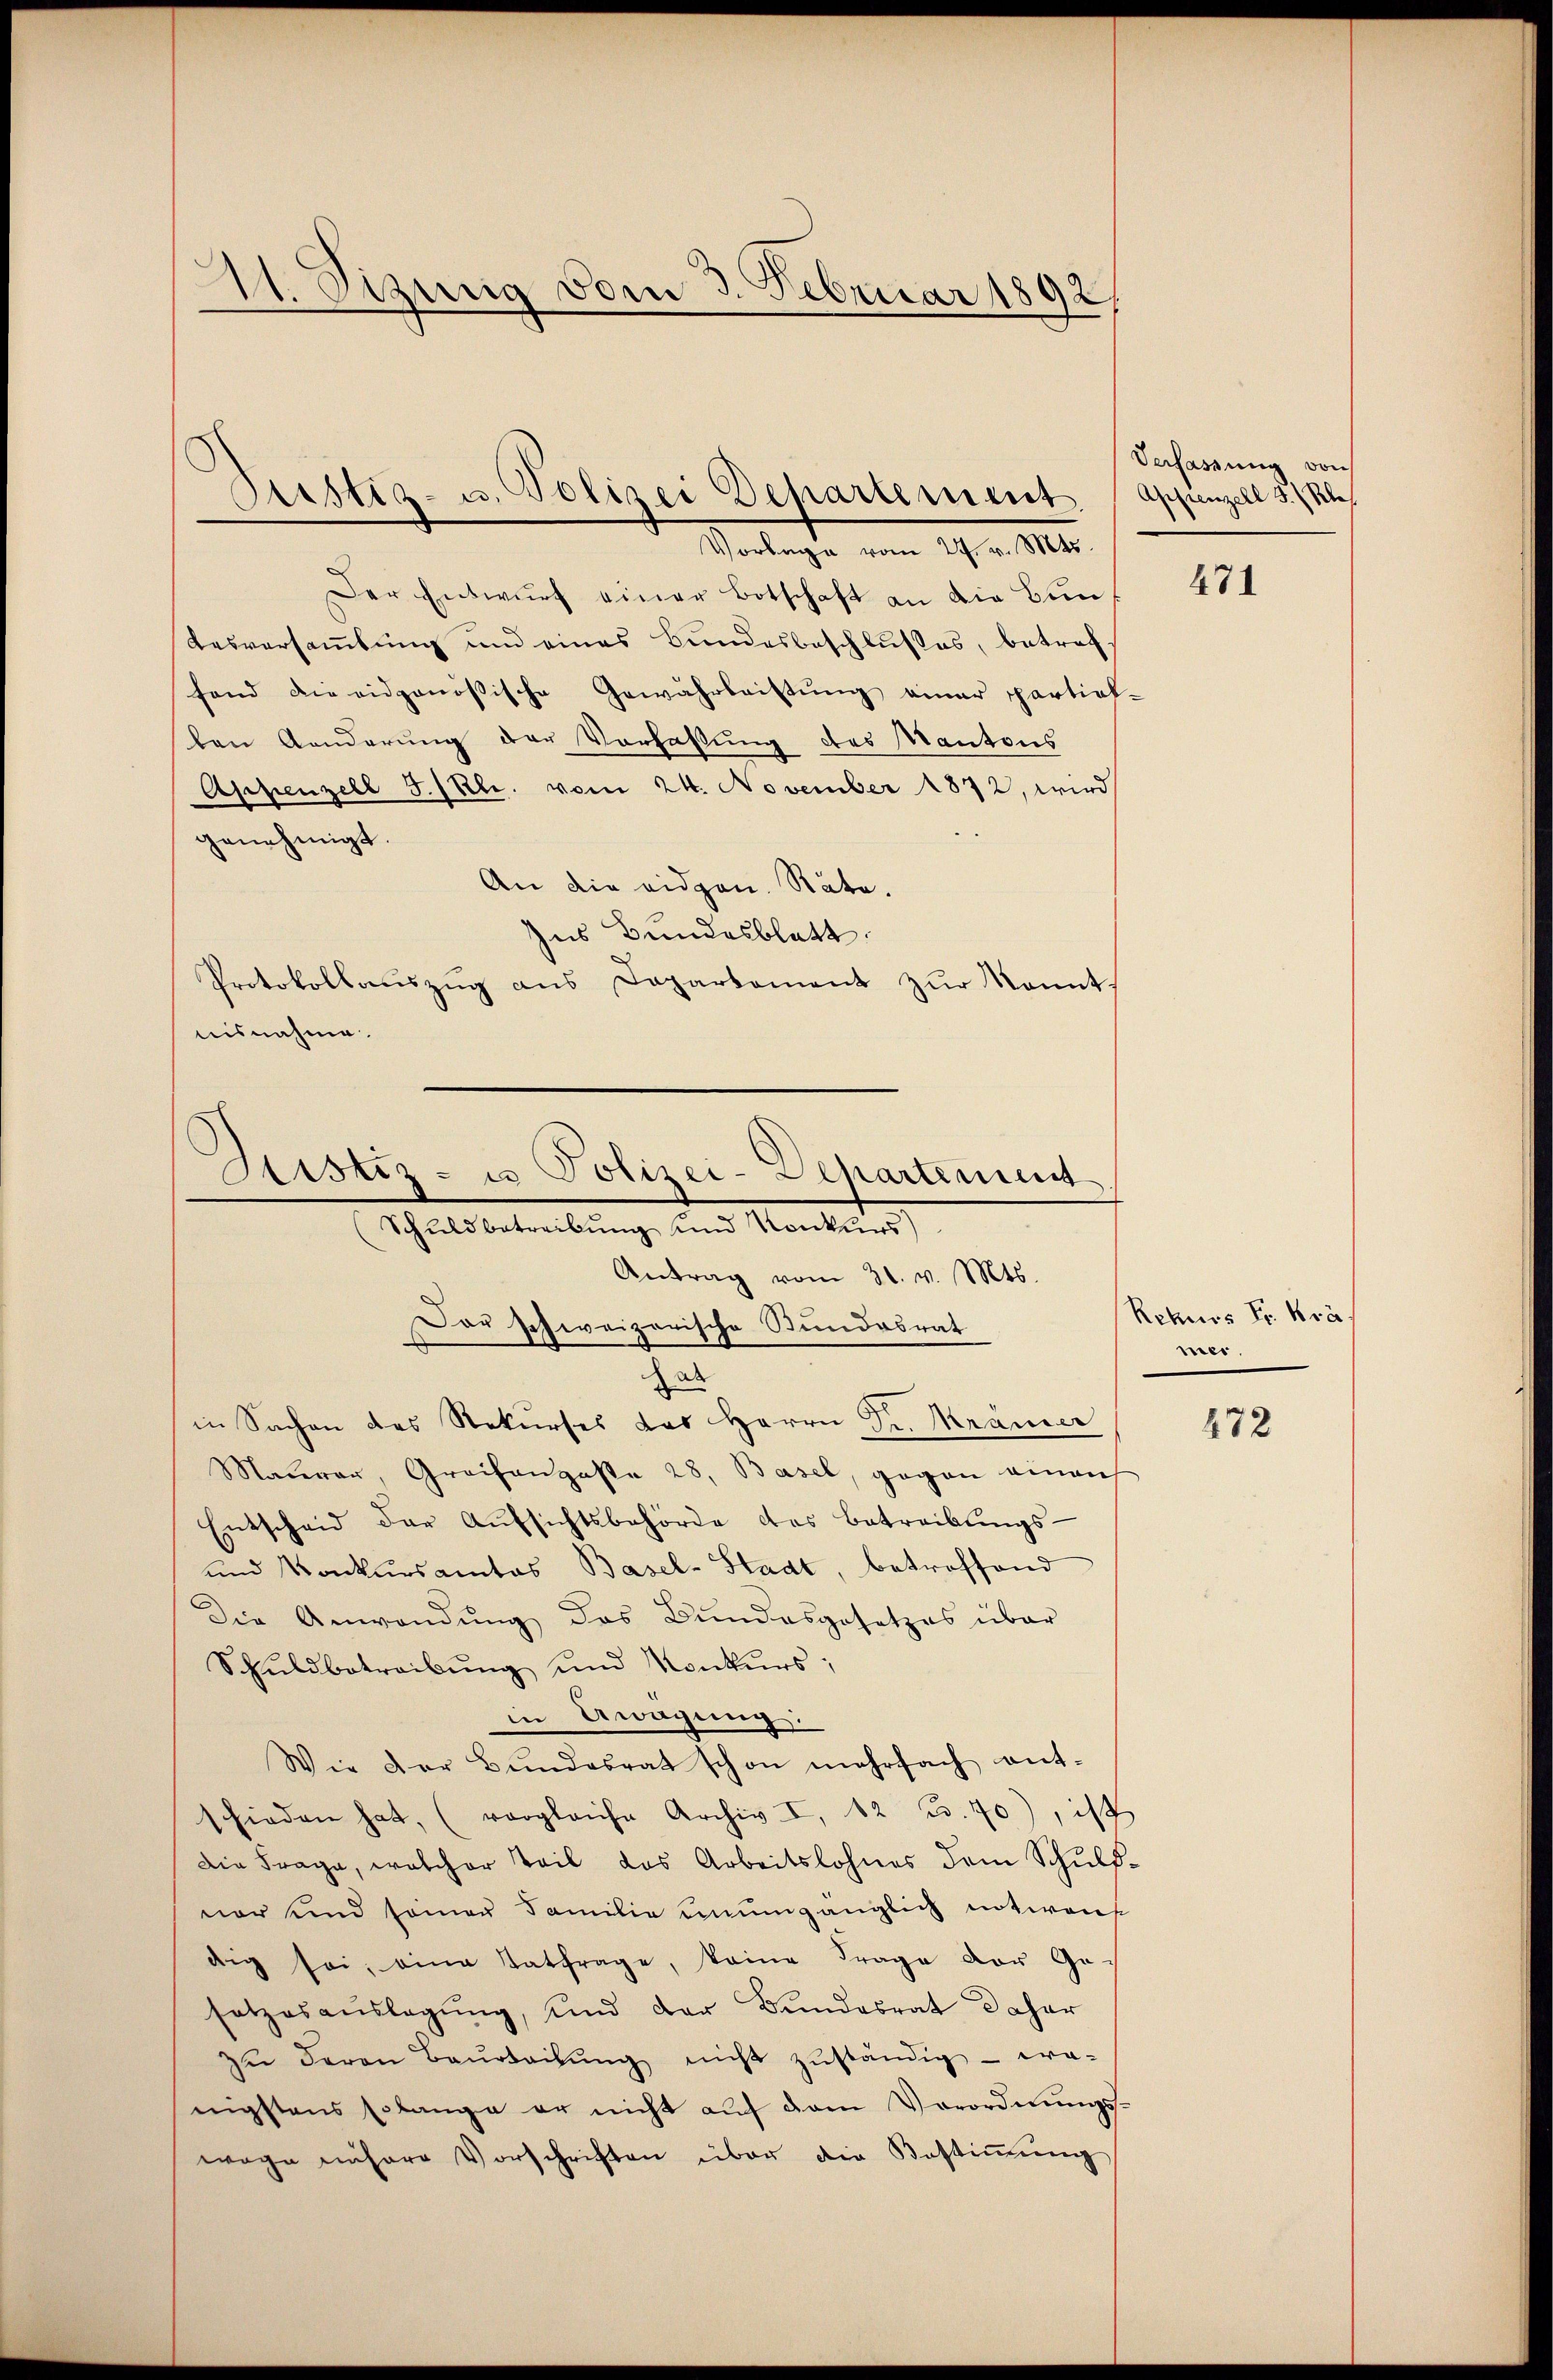
A. Sizung vom 3. Februar 1892/

Justiz- u. Polizei Departement
Vorlage vom 27. v. Mts.

Der Entwurf einer Botschaft an die Bun
desversammlung und eines Bundesbeschlußes, betreffand die eidgenössische Gewährleistung einer partial-
den Aenderung der Verfassung des Kantons
Appenzell I/Rh. vom 24. November 1872, wird
genehmigt.
An die eidgen. Räte.
Ins Bundesblatt.
Protokollauszug aus Departement zur kannt,
nisnahme.

Sistiz- u Polizei-Departement
Schuldbetreibung und Konkurs)
Antrag vom 31. v. Mts.

Der schweizerische Stundesrat

Verfassung von
Appenzell S. Res

u
in Sachen des Rekurses das Herrn Dr. Kramer
Maurer, Greifenpaste 28, Basel, gegen einauf
Entscheid der Aŭfsichtsbehörde das Betreibŭngs-
und Konkursamtes Basel-Stadt, betroffend
Die Anwendŭng das Bundesgesetzes über
Schŭldbetreibŭng ŭnd Konkŭrs;
in Erwägung:
Wie der Bŭndesrat schon mehrfach ent-
schieden hat, (vergleiche Archiv I, 12 Fr. 70), ist
Die Frage, welcher Teil das Arbeitslohnes dem Schuldvor und seiner Familie unumgänglich notwenf
dig sei, eine Entfrage, keine Frage der Ge
satzesaŭslagŭng, und der Bŭndesrat daher
zŭ deron Baŭrteilŭng nicht zŭständig - wa-
nigstens solange er nicht auf dem Verordnungswage nähere Vorschriften über die Bestiṁŭng

471

Rekurs Fr. krä
mer.

472